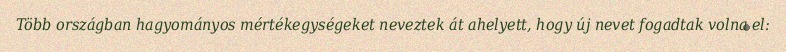
Több országban hagyományos mértékegységeket neveztek át ahelyett, hogy új nevet fogadtak volna el: